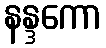
နန္ဒကော